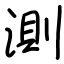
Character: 測